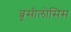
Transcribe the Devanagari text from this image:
ब्रूसीलोसिस